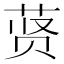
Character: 𬜾